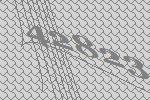
42823